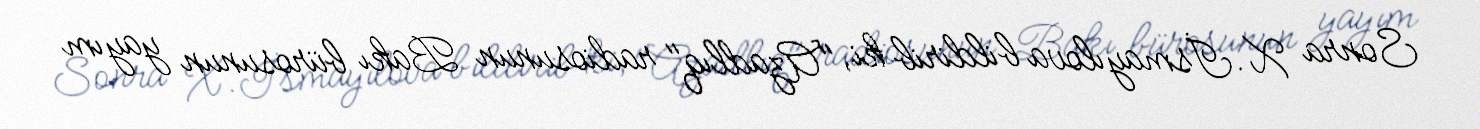
Sonra X.İsmayılova bildirib ki, "Azadlıq" radiosunun Bakı bürosunun yayım